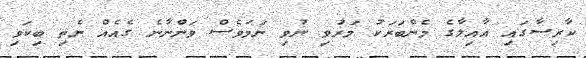
ކާރިސާގައި އާއިލާގެ މެންބަރަކު މަރުވި ނުވި ނަމަވެސް ވަންނާނެ ގެއެއް ނެތި ބިކަވި